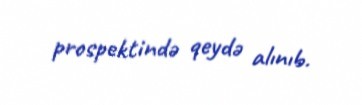
prospektində qeydə alınıb.